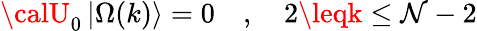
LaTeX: {\calU}_{0}\left|\Omega(k)\right\rangle=0\quad,\quad2\leqk\leq\mathcal{N}-2